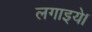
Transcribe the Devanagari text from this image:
लगाइये।